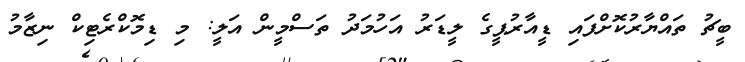
ބީޗު ތައްޔާރުކޮށްފައި ޑީއާރުޕީގެ ލީޑަރު އަހުމަދު ތަސްމީން އަލީ: މި ޑިމޮކްރެޓިކް ނިޒާމު